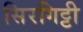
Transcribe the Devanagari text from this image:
सिरगिट्टी